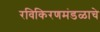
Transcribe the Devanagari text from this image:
रविकिरणमंडळाचे